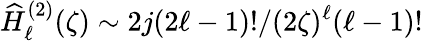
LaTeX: \widehat{H}_{\ell}^{(2)}(\zeta)\sim 2j(2\ell-1)!/(2\zeta)^{\ell}(\ell-1)!